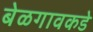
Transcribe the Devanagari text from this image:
बेळगावकडे